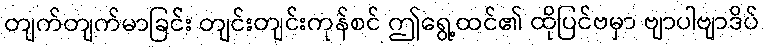
တျက်တျက်မာခြင်း တျင်းတျင်းကုန်စင် ဤရွေ့ထင်၏ ထိုပြင်ဗမှာ ဗျာပါဗျာဒိပ်